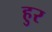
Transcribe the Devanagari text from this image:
हुर